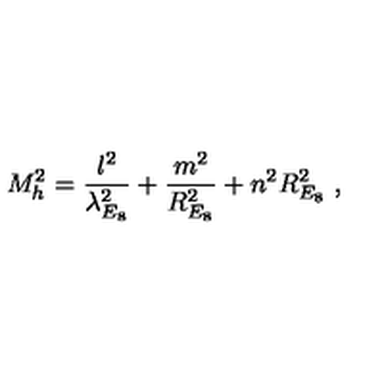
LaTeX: M _ { h } ^ { 2 } = { \frac { l ^ { 2 } } { \lambda _ { E _ { 8 } } ^ { 2 } } } + { \frac { m ^ { 2 } } { R _ { E _ { 8 } } ^ { 2 } } } + n ^ { 2 } R _ { E _ { 8 } } ^ { 2 } \ ,